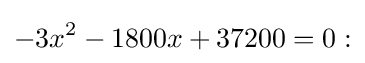
-3x^{2}-1800x+37200=0: